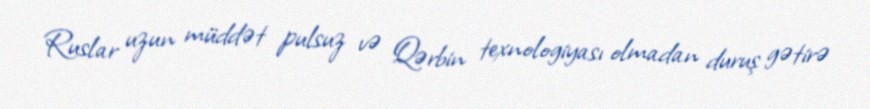
Ruslar uzun müddət pulsuz və Qərbin texnologiyası olmadan duruş gətirə